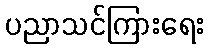
ပညာသင်ကြားရေး